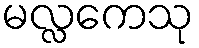
မလ္လကေသု